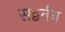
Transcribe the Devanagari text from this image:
सद्वर्तन